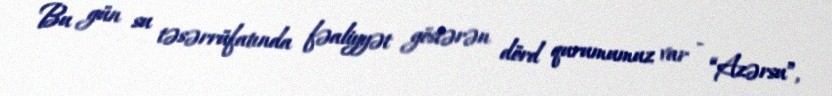
Bu gün su təsərrüfatında fəaliyyət göstərən dörd qurumumuz var - “Azərsu”,